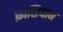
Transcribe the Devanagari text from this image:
फ़ाशियान